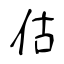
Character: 估